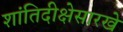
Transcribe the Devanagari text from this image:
शांतिदीक्षेसारखे